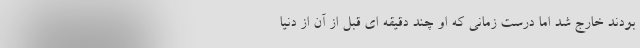
بودند خارج شد اما درست زمانی که او چند دقیقه ای قبل از آن از دنیا